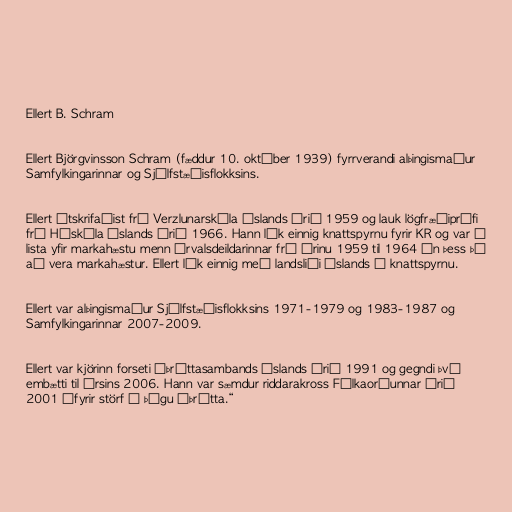
Ellert B. Schram

Ellert Björgvinsson Schram (fæddur 10. október 1939) fyrrverandi alþingismaður
Samfylkingarinnar og Sjálfstæðisflokksins.

Ellert útskrifaðist frá Verzlunarskóla Íslands árið 1959 og lauk lögfræðiprófi
frá Háskóla Íslands árið 1966. Hann lék einnig knattspyrnu fyrir KR og var á
lista yfir markahæstu menn Úrvalsdeildarinnar frá árinu 1959 til 1964 án þess þó
að vera markahæstur. Ellert lék einnig með landsliði Íslands í knattspyrnu.

Ellert var alþingismaður Sjálfstæðisflokksins 1971-1979 og 1983-1987 og
Samfylkingarinnar 2007-2009.

Ellert var kjörinn forseti Íþróttasambands Íslands árið 1991 og gegndi því
embætti til ársins 2006. Hann var sæmdur riddarakross Fálkaorðunnar árið
2001 „fyrir störf í þágu íþrótta.“